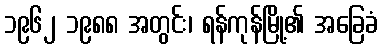
၁၉၆၂ ၁၉၈၈ အတွင်း၊ ရန်ကုန်မြို့၏ အခြေခံ